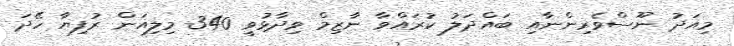
މިއަދު ނޫސްވެރިންނާއި ބައްދަލު ކުރައްވާ ނާޒިމް ވިދާޅުވީ 340 މިލިއަން ރުފިޔާ ހޭދަ